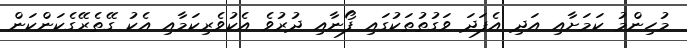
މުހިންމު ކަމަށާއި އަދި އެފަދަ ވަގުތުތަކުގައި ފޯނާއި ދުރުވެ އެކުވެރިކަމާއި އެކު ގޭތެރޭގެކަންކަން